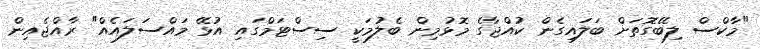
"މާކްސް ލިބޭގޮތަށް ބަލައިގެން ކުއްޖާގެ މޮޅުމިން ބެލުމަކީ ސިސްޓަމްގައި އުޅޭ މައްސަލައެއް" ރާއްޖެއިން